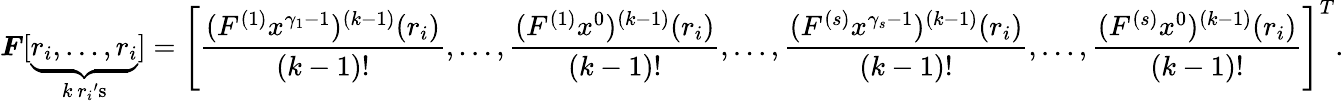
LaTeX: \boldsymbol{F}[\underbrace{r_{i},\ldots,r_{i}}_{k\ r_{i}\mathrm{'s}}]=\left[\frac{({F^{(1)}x^{\gamma_{1}-1}})^{(k-1)}(r_{i})}{(k-1)!},\ldots,\frac{({F^{(1)}x^{0}})^{(k-1)}(r_{i})}{(k-1)!},\ldots,\frac{({F}^{(s)}x^{\gamma_{s}-1})^{(k-1)}(r_{i})}{(k-1)!},\ldots,\frac{({F}^{(s)}x^{0})^{(k-1)}(r_{i})}{(k-1)!}\right]^{T}.